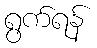
ရွက်ရန်